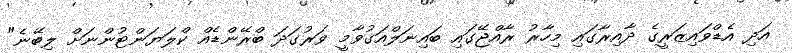
އަދި އެޑްވައިޒަރީގެ ދާއިރާގައި މިހާރު ރާއްޖޭގައި ބައިނަލްއަގުވާމީ ވަރުގަދަ ބްރޭންޑެއް ކްލަޔަންޓުންނަށް ލިބޭނެ"